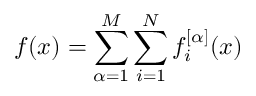
f ( x ) = \sum _ { \alpha = 1 } ^ { M } \sum _ { i = 1 } ^ { N } f _ { i } ^ { [ \alpha ] } ( x )